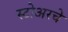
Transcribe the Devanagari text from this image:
स्टोअरचे